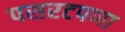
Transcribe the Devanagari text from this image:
पसरटपणा